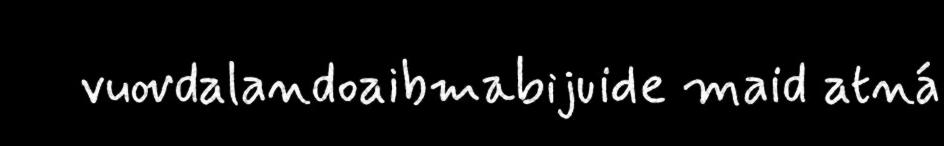
vuovdalandoaibmabijuide maid atná